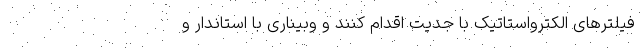
فیلترهای الکترواستاتیک با جدیت اقدام کنند و وبیناری با استاندار و